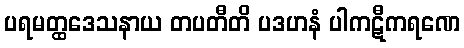
ပရမတ္ထဒေသနာယ တပတီတိ ပဒဟနံ ပါကဋီကရဏေ